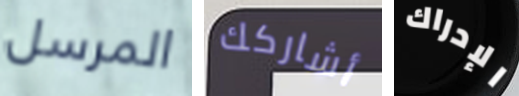
المرسل أشاركك الإدراك